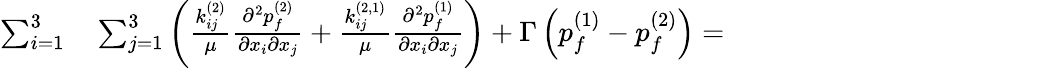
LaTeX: \begin{array}{rl}{\sum_{i=1}^{3}}&{{}\sum_{j=1}^{3}\left(\frac{k_{ij}^{(2)}}{\mu}\frac{\partial^{2}{p_{f}^{(2)}}}{\partial{x_{i}}\partial{x_{j}}}+\frac{k_{ij}^{(2,1)}}{\mu}\frac{\partial^{2}{p_{f}^{(1)}}}{\partial{x_{i}}\partial{x_{j}}}\right)+\Gamma\left(p_{f}^{(1)}-p_{f}^{(2)}\right)=\hphantom{XXXXXXXXXXXXX}}\end{array}